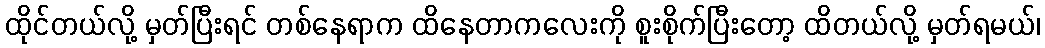
ထိုင်တယ်လို့ မှတ်ပြီးရင် တစ်နေရာက ထိနေတာကလေးကို စူးစိုက်ပြီးတော့ ထိတယ်လို့ မှတ်ရမယ်၊